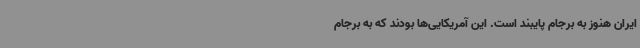
ایران هنوز به برجام پایبند است. این آمریکایی‌ها بودند که به برجام